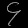
Digit: ၄